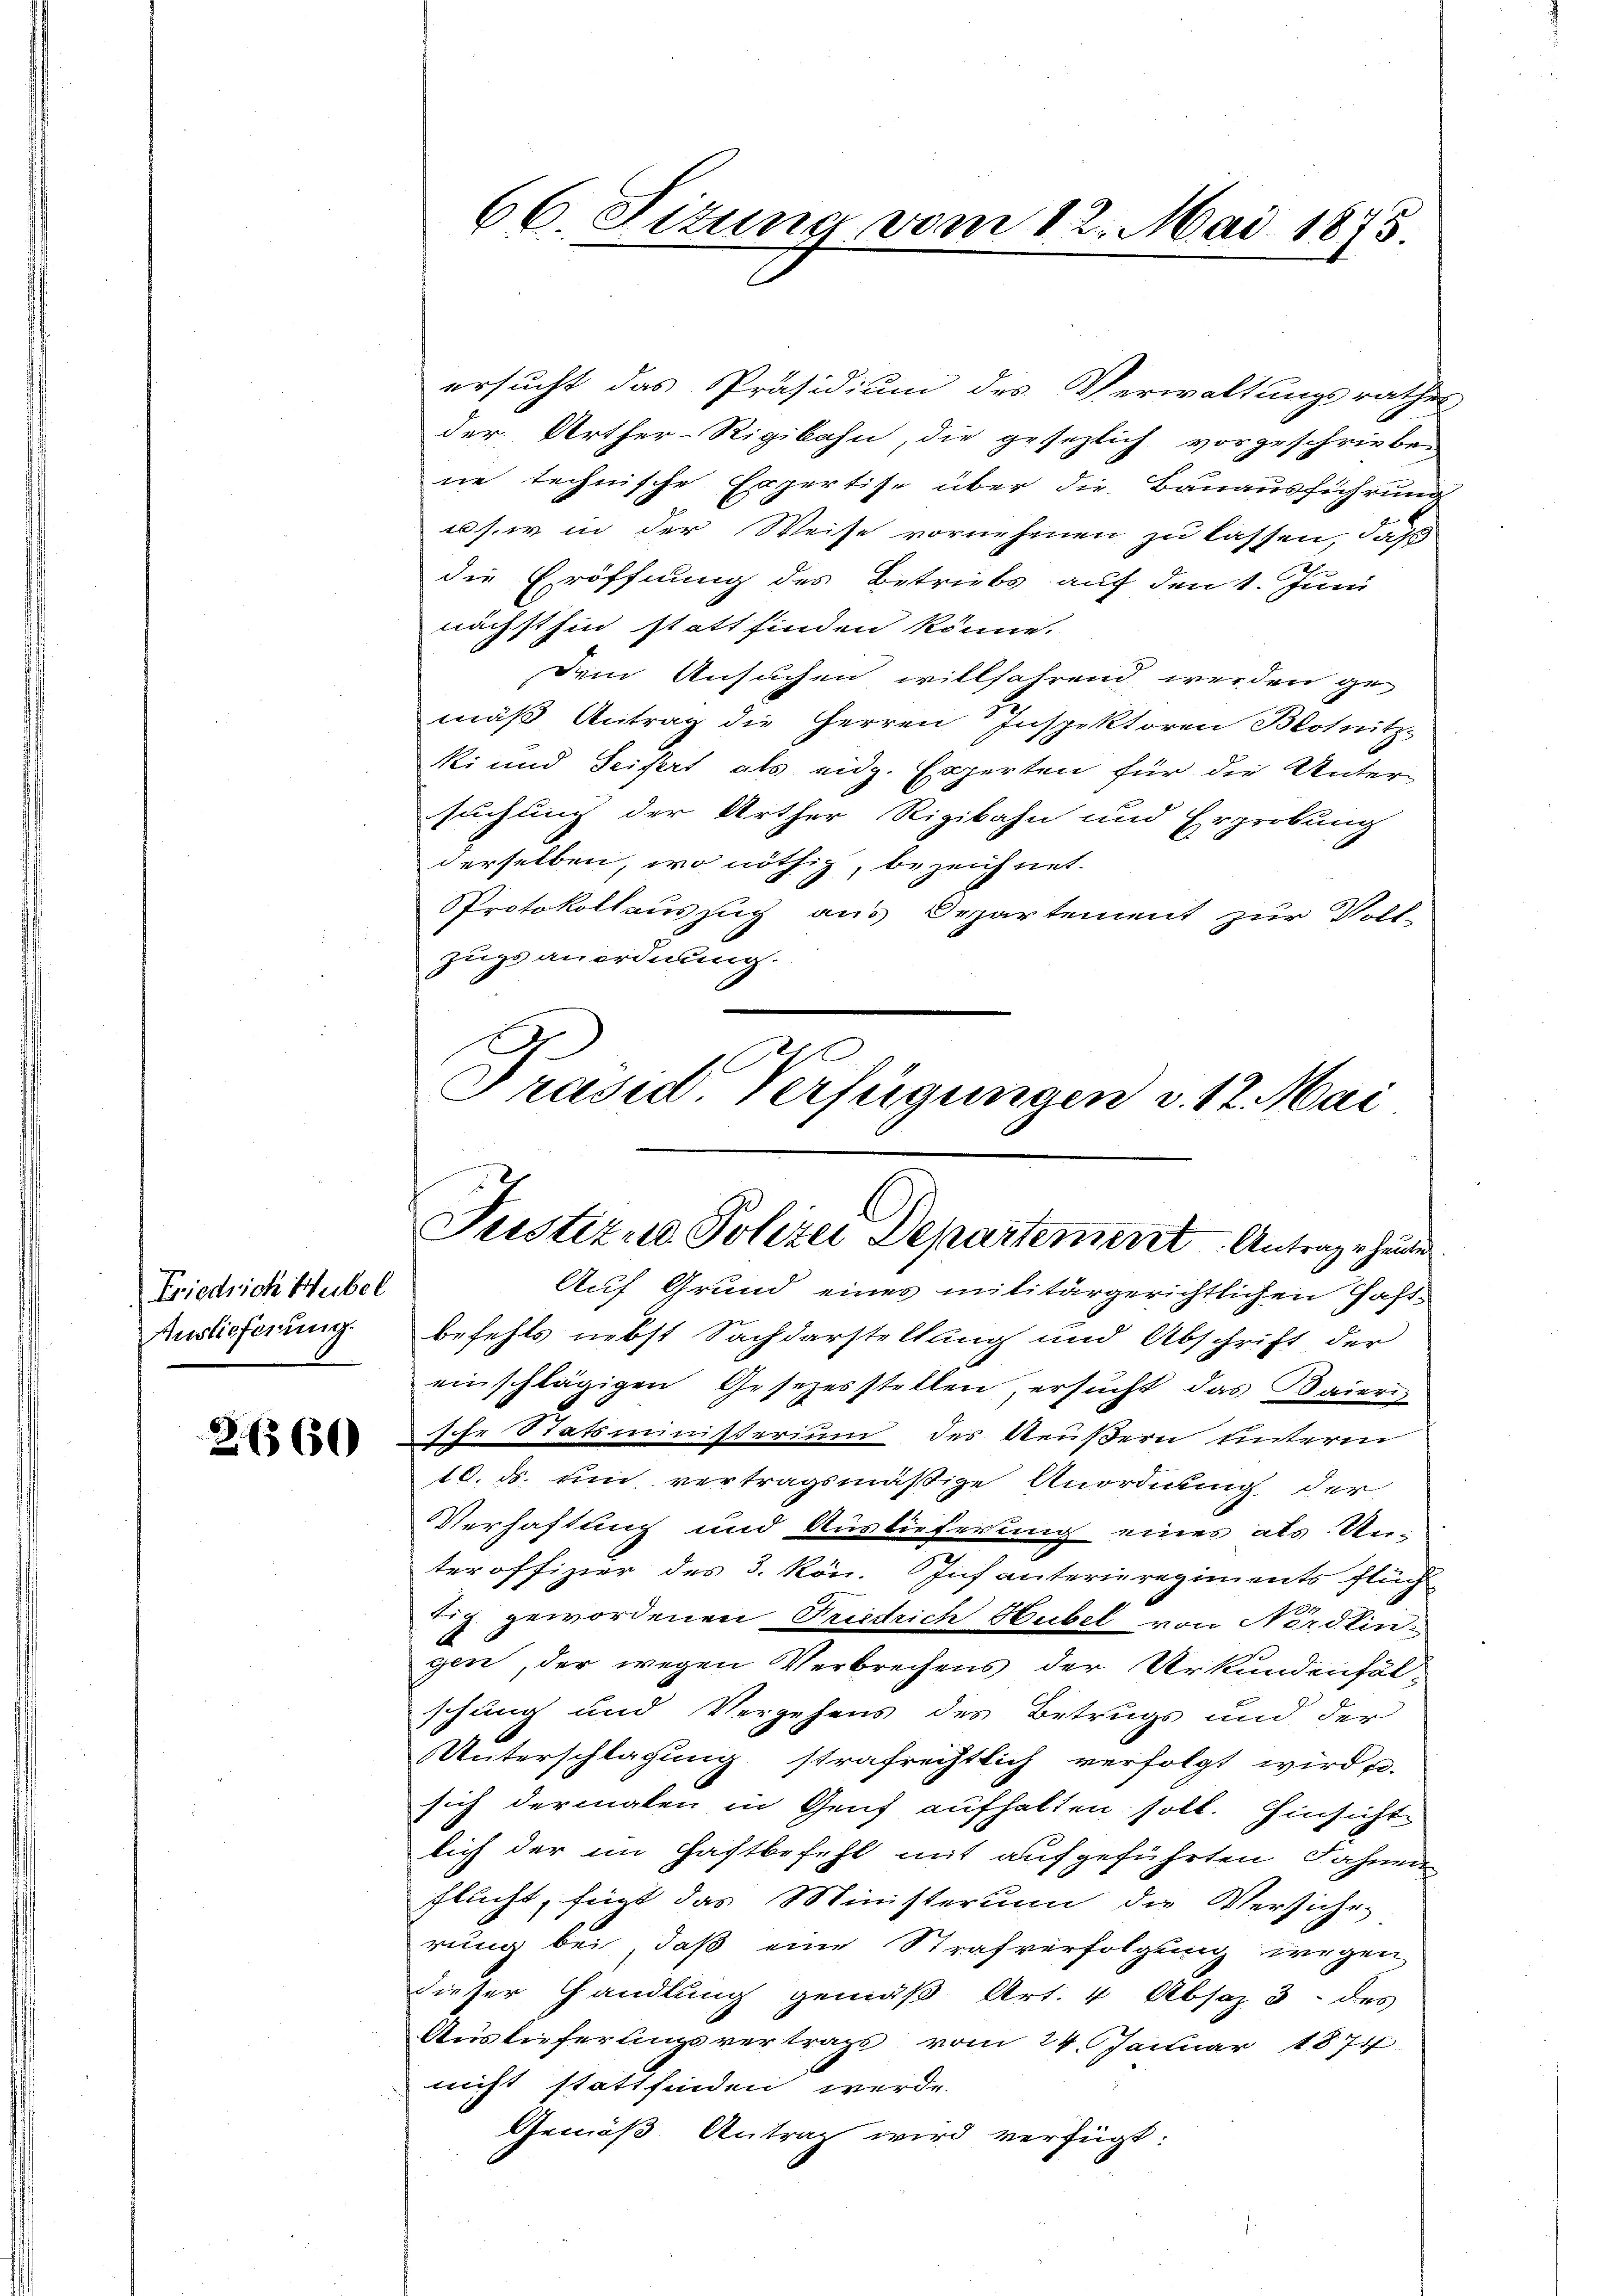
Friedrich Hubel
Auslieferung.

2660

ersucht das Präsidium des Verwaltungsrathes
der Arther-Rigibahn, die gesezlich vorgeschrieben
ne technische Expertise über die Bauausführung
ess. in der Weise vornehmen zu lassen, daß
die Eröffnung des Betriebs auf den 1. Juni
nächsthin statt finden könne.
Dein Ansuchen willfahrend werden ge-
mäß Antrag die Herren Inspektoren Blotnitz-
ki und Seifert als eidg. Experten für die Unter-
suchung der Arther Rigibahn und Erprobung
derselben, wo nöthig, bezeichnet.
PProtokollauszug aus Departement zur Voll-
zugs anordnung.
Präsid. Verfügungen v. 12. Mai

66. Situng vom 12. Mai 1875

Justizie Polizei Departement Antrage heute
Auf Grund eines militärgerichtlichen Past¬

befehls nebst Sachdarstellung und Abschrift der
einschlägigen Gesezesstellen, ersucht das Baieri
sche Statsministerium des Aeußern unterm
10. ds. um vertragsmäßige Anordnung der
Verhaftung und Auslieferung eines als Un-
teroffizier des 3. kön. Infanterieregiments flüch
tig gewordenen Friedrich Hubel von Nördlin-
gen, der wegen Verbrechens der Urkundenfälschung und Vergehens des Betrugs und der
Unterschlagung strafrechtlich verfolgt wird u.
sich dermalen in Genf aufhalten soll. Hinsichte
lich der im Haftbefehl mit aufgeführten Fahnen
flucht, fügt das Ministerium die Versichen
rung bei, daß eine Strafverfolgung wegen
dieser Handlung gemäß Art. 4 Absaz 3 des
Auslieferungsvertrags vom 24. Januar 1874.
nicht stattfinden werde.
Gemäß Antrag wird verfügt: